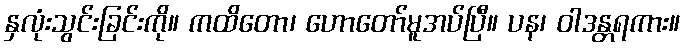
နှလုံးသွင်းခြင်းကို။ ကထိတော၊ ဟောတော်မူအပ်ပြီ။ ပန၊ ဝါဒန္တရကား။